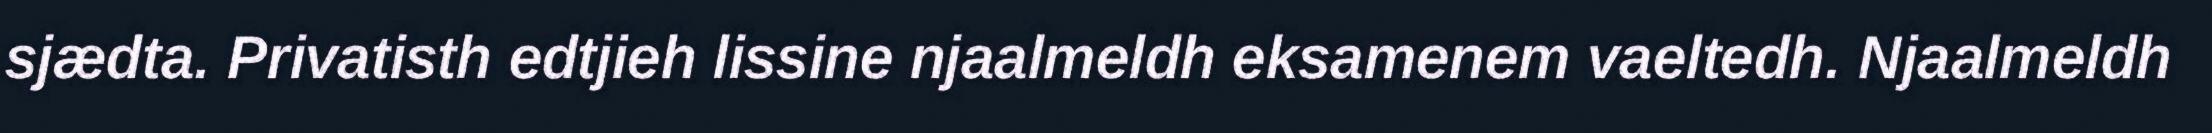
sjædta. Privatisth edtjieh lissine njaalmeldh eksamenem vaeltedh. Njaalmeldh